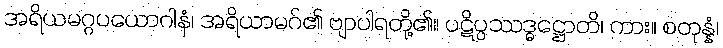
အရိယမဂ္ဂပယောဂါနံ၊ အရိယာမဂ်၏ ဗျာပါရတို့၏။ ပဋိပ္ပဿဒ္ဓဋ္ဌောတိ၊ ကား။ စတုန္နံ၊